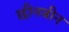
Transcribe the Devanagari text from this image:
छीनबीन